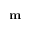
\mathbf { m }